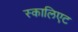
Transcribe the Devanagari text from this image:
स्कालिएट